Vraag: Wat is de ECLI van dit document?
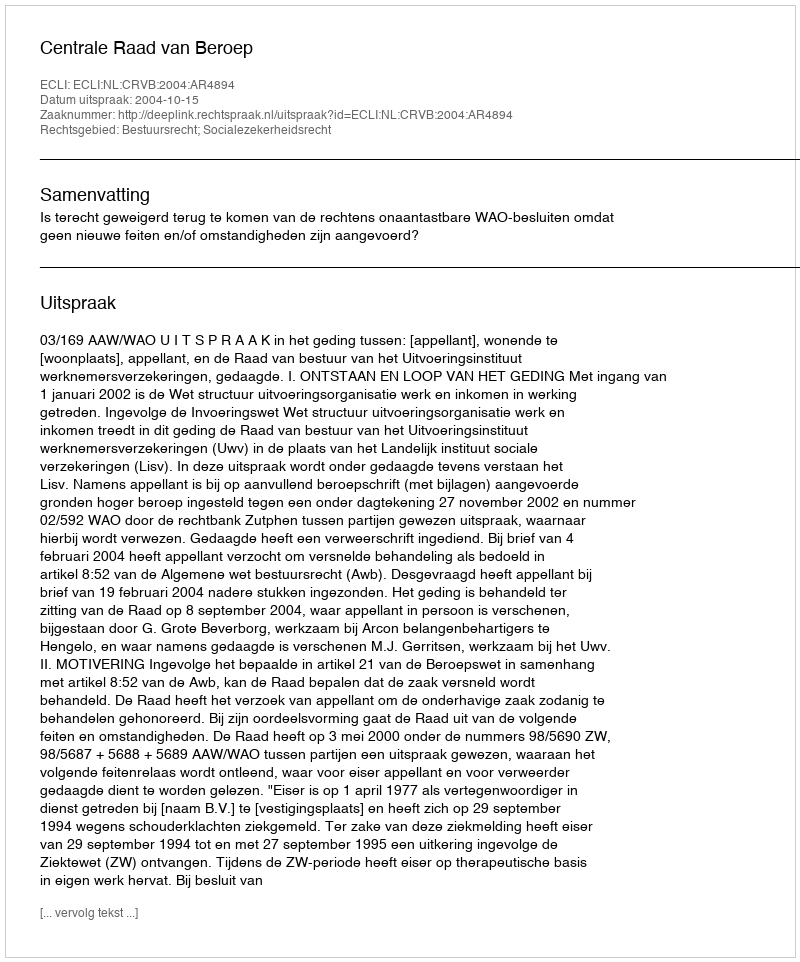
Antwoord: ECLI:NL:CRVB:2004:AR4894